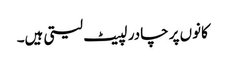
کانوں پر چادر لپیٹ لیتی ہیں۔